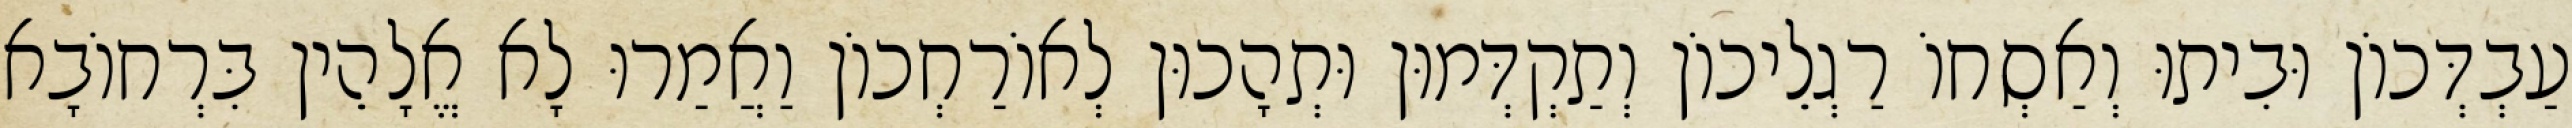
עַבְדְּכוֹן וּבִיתוּ וְאַסְחוֹ רַגְלֵיכוֹן וְתַקְדְּמוּן וּתְהָכוּן לְאוֹרַחְכוֹן וַאֲמַרוּ לָא אֱלָהֵין בִּרְחוֹבָא